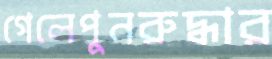
গেলেপুনরুদ্ধার